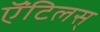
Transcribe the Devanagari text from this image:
ऍंटिलस्‌